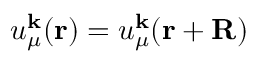
u _ { \mu } ^ { \mathbf { k } } ( \mathbf { r } ) = u _ { \mu } ^ { \mathbf { k } } ( \mathbf { r } + \mathbf { R } )